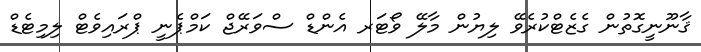
ޤާނޫނީގޮތުން ގެޒެޓްކުރެވޭ ލިޔުން މާލޭ ވޯޓަރ އެންޑް ސްވަރޭޖް ކަމްޕެނީ ޕްރައިވެޓް ލިމިޓެޑް